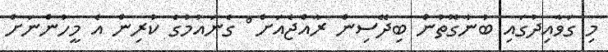
މި ގަވާއިދުގައި ބުނާގޮތުން ބިދޭސިން ރާއްޖެއަށް ް ގެނައުމުގެ ކުރިން އެ މީހުންނަށް